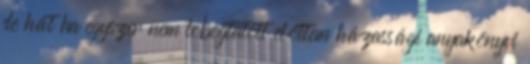
de hát ha egyszer nem lobogtatott előttem házassági anyakönyvi